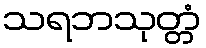
သရဘသုတ္တံ